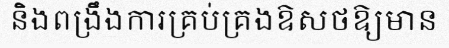
និងពង្រឹងការគ្រប់គ្រងឱសថឱ្យមាន